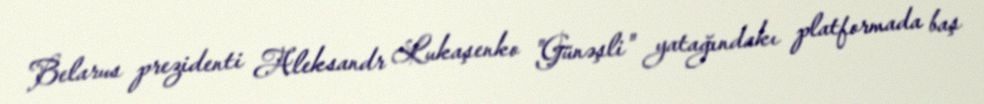
Belarus prezidenti Aleksandr Lukaşenko "Günəşli" yatağındakı platformada baş